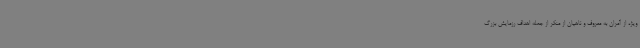
ویژه از آمران به معروف و ناهیان از منکر از جمله اهداف رزمایش بزرگ